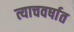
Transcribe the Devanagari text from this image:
त्याचवर्षात